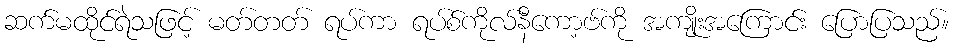
ဆက်မထိုင်ရဲသဖြင့် မတ်တတ် ရပ်ကာ ရပ်စ်ကိုလ်နီကော့ဗ်ကို အကျိုးအကြောင်း ပြောပြသည်။